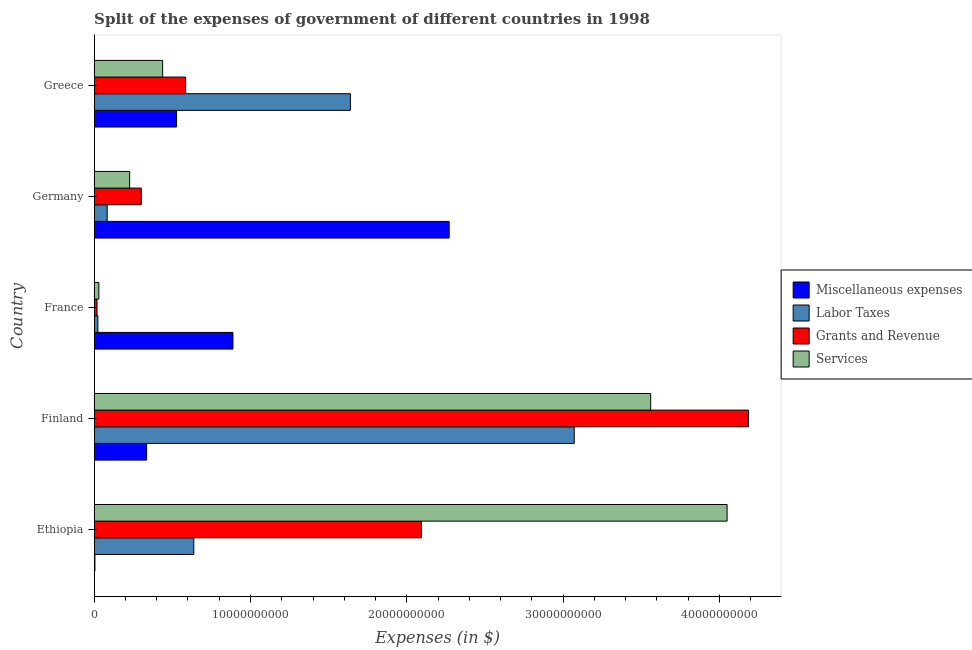
| Country | Miscellaneous expenses | Labor Taxes | Grants and Revenue | Services |
 | --- | --- | --- | --- | --- |
 | Ethiopia | 4.77e+07 | 6.37e+09 | 2.09e+10 | 4.05e+10 |
 | Finland | 3.36e+09 | 3.07e+10 | 4.19e+10 | 3.56e+10 |
 | France | 8.88e+09 | 2.35e+08 | 1.8e+08 | 2.98e+08 |
 | Germany | 2.27e+10 | 8.31e+08 | 3.01e+09 | 2.27e+09 |
 | Greece | 5.27e+09 | 1.64e+10 | 5.85e+09 | 4.38e+09 |